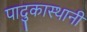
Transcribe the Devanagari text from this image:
पादुकास्थानी